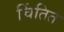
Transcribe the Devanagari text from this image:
चिंतित